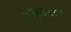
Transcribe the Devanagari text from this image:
ब्लैंचेट।